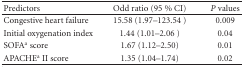
| Predictors | Odd ratio (95 % CI) | P values |
 | --- | --- | --- |
 | Congestive heart failure | 15.58 (1.97–123.54) | 0.009 |
 | Initial oxygenation index | 1.44 (1.01–2.06) | 0.04 |
 | SOFAa score | 1.67 (1.12–2.50) | 0.01 |
 | APACHEa II score | 1.35 (1.04–1.74) | 0.02 |